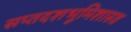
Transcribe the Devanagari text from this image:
सप्तदशभूमिशास्त्र